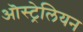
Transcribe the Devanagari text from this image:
ऒस्ट्रेलियन